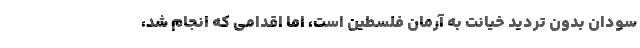
سودان بدون تردید خیانت به آرمان فلسطین است، اما اقدامی که انجام شد،